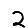
Digit: 2